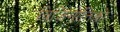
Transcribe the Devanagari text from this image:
विज़िगोतिको